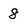
Character: 8